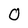
Character: 0